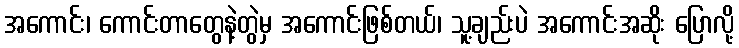
အကောင်း၊ ကောင်းတာတွေနဲ့တွဲမှ အကောင်းဖြစ်တယ်၊ သူ့ချည်းပဲ အကောင်းအဆိုး ပြောလို့